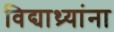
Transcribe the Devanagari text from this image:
विद्याथ्र्यांना